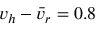
v _ { h } - \bar { v } _ { r } = 0 . 8